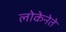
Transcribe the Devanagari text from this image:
लोकेनेते